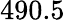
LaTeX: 490.5